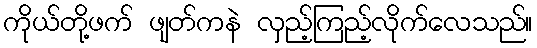
ကိုယ်တို့ဖက် ဖျတ်ကနဲ လှည့်ကြည့်လိုက်လေသည်။